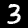
Digit: 3